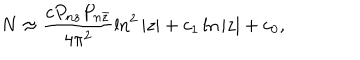
N \approx \frac { c P _ { n z } P _ { n \bar { z } } } { 4 \pi ^ { 2 } } \ln ^ { 2 } | z | + c _ { 1 } \ln | z | + c _ { 0 } ,